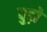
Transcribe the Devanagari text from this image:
बुड़ो